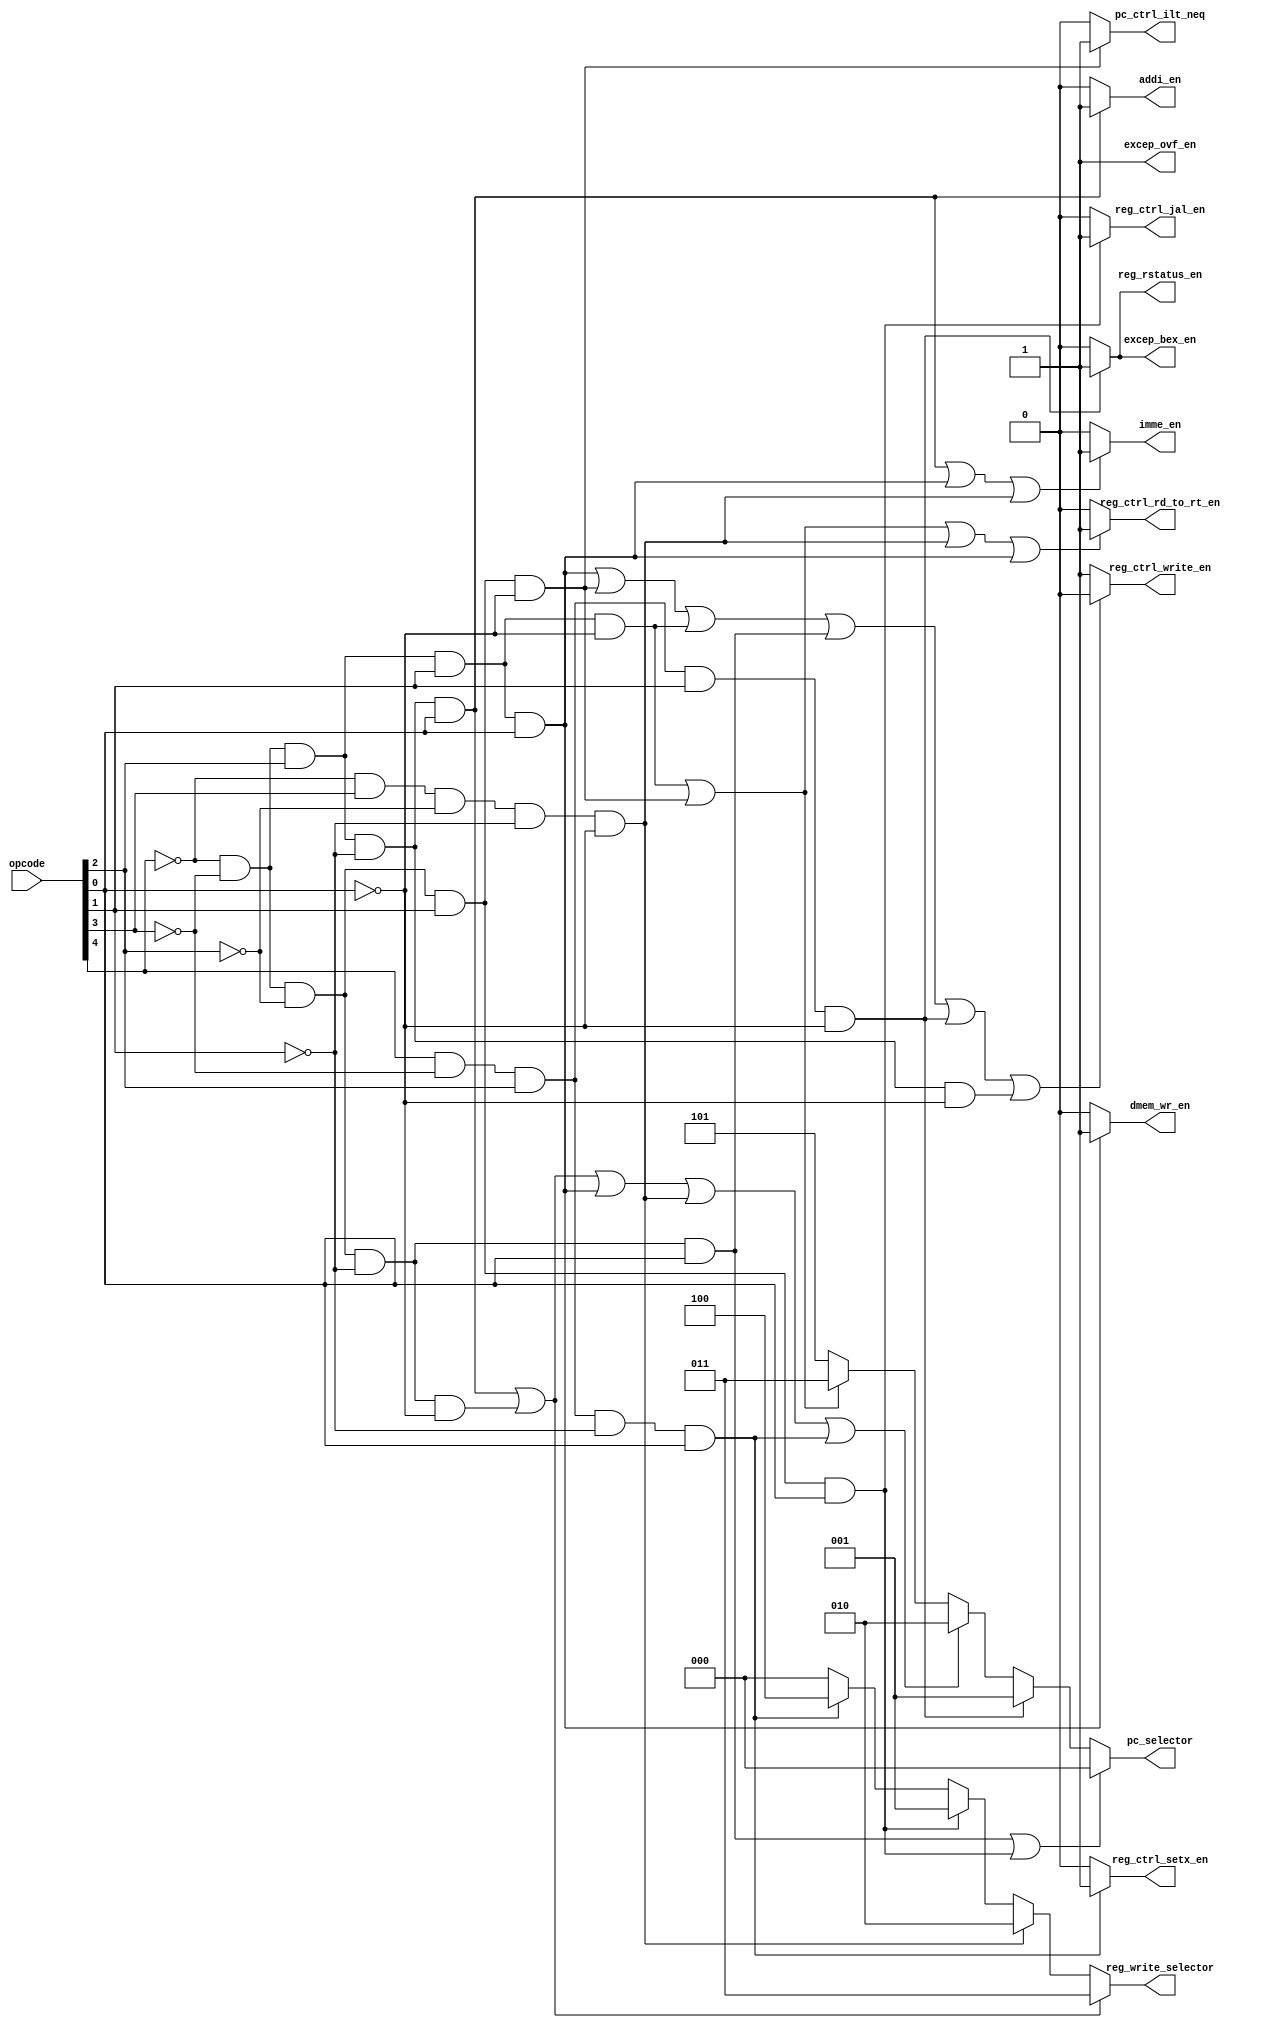
module control_signal(opcode,
							 reg_ctrl_jal_en, reg_ctrl_setx_en, reg_ctrl_rd_to_rt_en, 
							 reg_rstatus_en, reg_ctrl_write_en, reg_write_selector,
							 imme_en, dmem_wr_en, 
							 pc_selector, pc_ctrl_ilt_neq, 
							 addi_en,
							 excep_bex_en, excep_ovf_en);
							 
	input [4:0] opcode;
	output reg_ctrl_jal_en;
	output reg_ctrl_setx_en;
	output reg_ctrl_rd_to_rt_en;
	output reg_rstatus_en;
	output reg_ctrl_write_en;
	output [2:0] reg_write_selector;
	output imme_en;
	output dmem_wr_en;
	output [2:0] pc_selector;
	output pc_ctrl_ilt_neq;
	output addi_en;
	output excep_bex_en;
	output excep_ovf_en;
	
	wire is_R, is_addi, is_sw, is_lw, is_j, is_bne, is_jal, is_jr, is_blt, is_bex, is_setx;

	assign is_R = (~opcode[4])&(~opcode[3])&(~opcode[2])&(~opcode[1])&(~opcode[0]);//00000 
	assign is_addi = (~opcode[4])&(~opcode[3])&(opcode[2])&(~opcode[1])&(opcode[0]);//00101
	assign is_sw = (~opcode[4])&(~opcode[3])&(opcode[2])&(opcode[1])&(opcode[0]);//00111
	assign is_lw = (~opcode[4])&(opcode[3])&(~opcode[2])&(~opcode[1])&(~opcode[0]);//01000
	assign is_j = (~opcode[4])&(~opcode[3])&(~opcode[2])&(~opcode[1])&(opcode[0]);//00001
	assign is_bne = (~opcode[4])&(~opcode[3])&(~opcode[2])&(opcode[1])&(~opcode[0]);//00010
	assign is_jal = (~opcode[4])&(~opcode[3])&(~opcode[2])&(opcode[1])&(opcode[0]);//00011
	assign is_jr = (~opcode[4])&(~opcode[3])&(opcode[2])&(~opcode[1])&(~opcode[0]);//00100
	assign is_blt = (~opcode[4])&(~opcode[3])&(opcode[2])&(opcode[1])&(~opcode[0]);//00110
	assign is_bex = (opcode[4])&(~opcode[3])&(opcode[2])&(opcode[1])&(~opcode[0]);//10110
	assign is_setx = (opcode[4])&(~opcode[3])&(opcode[2])&(~opcode[1])&(opcode[0]);//10101
	
	assign reg_ctrl_jal_en = is_jal ? 1 : 0;
	assign reg_ctrl_setx_en = is_setx ? 1 : 0;
	assign reg_ctrl_rd_to_rt_en = (is_blt | is_bne | is_lw |is_sw) ? 1 : 0;
	assign reg_rstatus_en = is_bex ? 1 : 0;
	assign reg_ctrl_write_en = (is_sw | is_bne | is_blt | is_j | is_bex | is_jr) ? 0 : 1;
	assign reg_write_selector [2:0] = (is_addi | is_R) ? 3'b011 :
										(is_lw) ? 3'b010 :
										(is_jal) ? 3'b001 :
										(is_setx) ? 3'b100 : 3'b000;
	assign imme_en = (is_addi | is_sw | is_lw ) ? 1 : 0; 
	assign dmem_wr_en = (is_sw) ? 1 : 0;
	assign pc_selector[2:0] =  (is_j | is_jal) ? 3'b000 :
										(is_bex) ? 3'b001 :
									   (is_R | is_addi | is_sw | is_lw | is_setx) ? 3'b010 :
									   (is_bne | is_blt) ? 3'b011 :
									   3'b101;
	assign pc_ctrl_ilt_neq = (is_bne) ? 1 : 0;
	assign addi_en = is_addi ? 1 : 0;
	assign excep_bex_en = is_bex ? 1 : 0;
   assign excep_ovf_en = 1;
	
endmodule